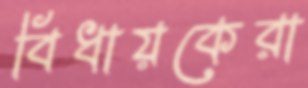
বিধায়কেরা